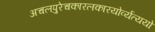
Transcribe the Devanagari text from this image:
अचलपुरेचकारलकारयोर्व्यत्ययो